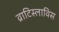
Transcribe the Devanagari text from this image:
व्राटिस्लाविस